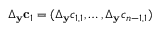
\Delta _ { \mathbf { y } } \mathbf { c } _ { 1 } = ( \Delta _ { \mathbf { y } } c _ { 1 , 1 } , \hdots , \Delta _ { \mathbf { y } } c _ { n - 1 , 1 } )